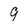
Character: g